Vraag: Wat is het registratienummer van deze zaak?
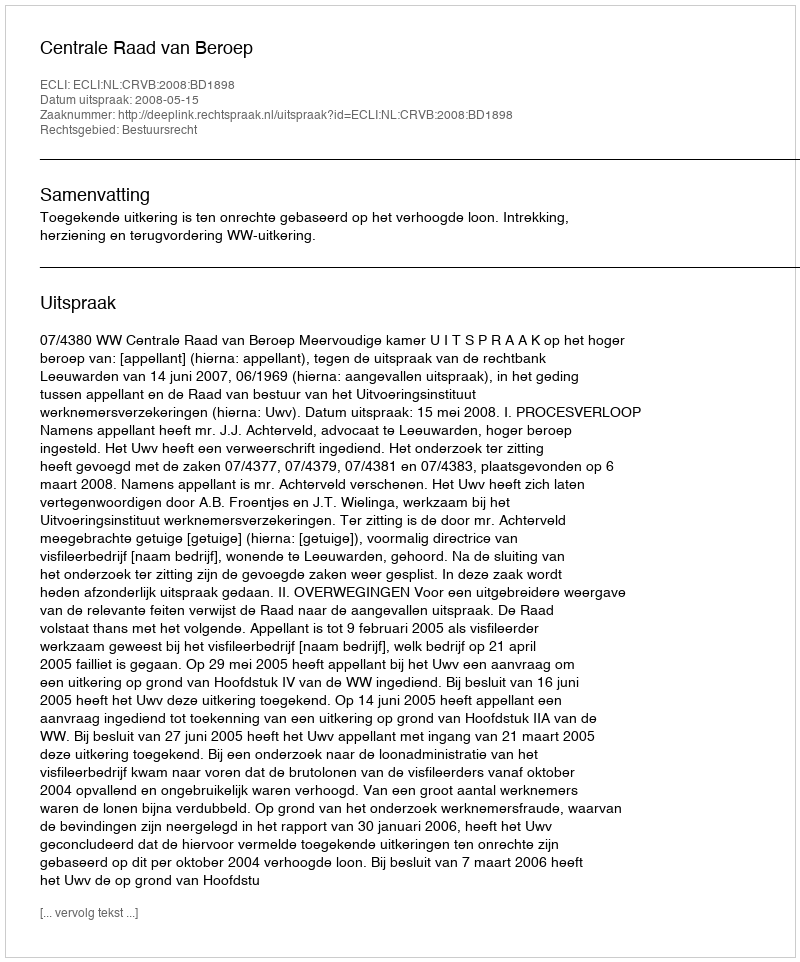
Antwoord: http://deeplink.rechtspraak.nl/uitspraak?id=ECLI:NL:CRVB:2008:BD1898